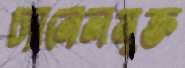
চ্যানেলমুক্ত